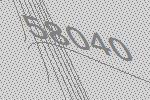
58040